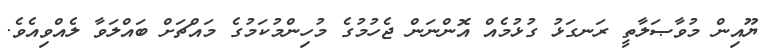
ޔޫއިން މުވާޞަލާތީ ރަނގަޅު ގުޅުމެއް އޮންނަން ޖެހުމުގެ މުހިންމުކަމުގެ މައްޗަށް ބައްލަވާ ލެއްވިއެވެ.